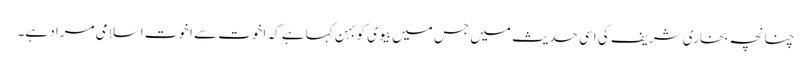
چنانچہ بخاری شریف کی اسی حدیث میں جس میں بیوی کو بہن کہا ہے کہ اخوت سے اخوت اسلامی مراد ہے۔